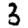
Digit: 3